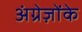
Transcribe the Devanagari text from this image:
अंग्रेज़ोंके